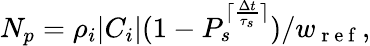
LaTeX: N_{p}=\rho_{i}|C_{i}|(1-P_{s}^{\lceil\frac{\Delta t}{\tau_{s}}\rceil})/w_{\mathrm{~r~e~f~}},